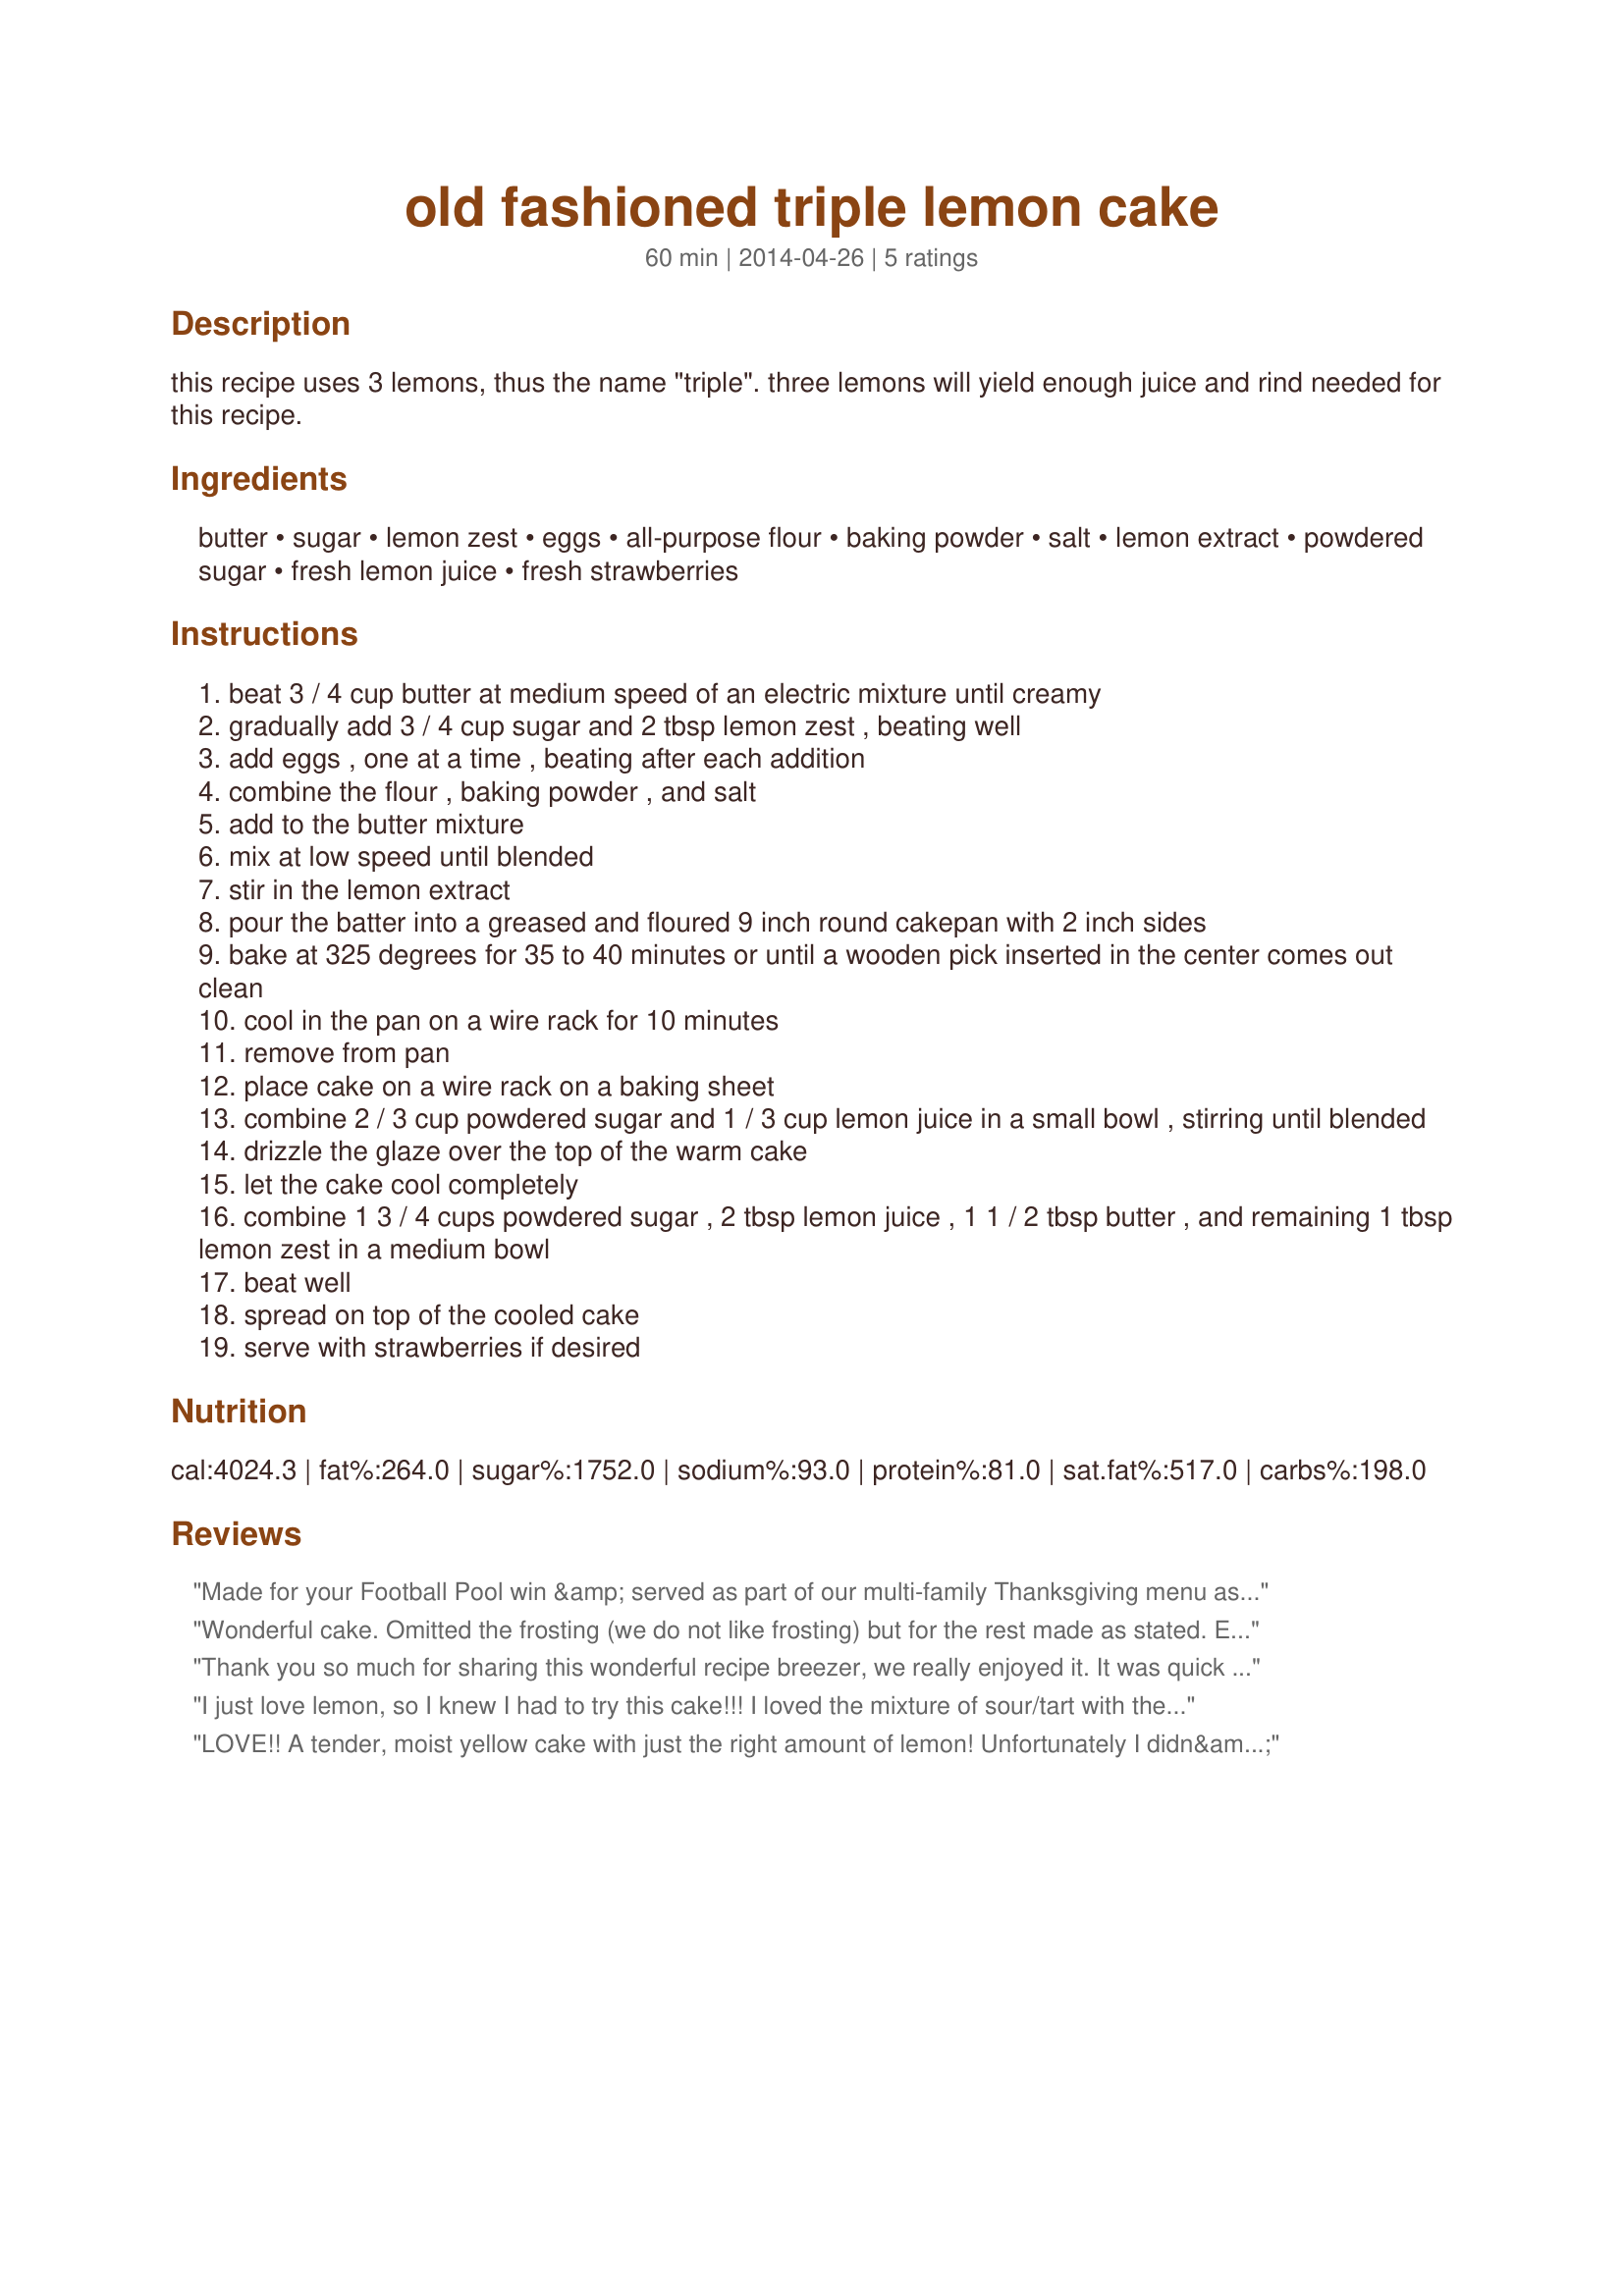
old fashioned triple lemon cake
Preparation time: 60 minutes

this recipe uses 3 lemons, thus the name "triple". three lemons will yield enough juice and rind needed for this recipe.

Ingredients:
butter, sugar, lemon zest, eggs, all-purpose flour, baking powder, salt, lemon extract, powdered sugar, fresh lemon juice, fresh strawberries

Steps:
beat 3 / 4 cup butter at medium speed of an electric mixture until creamy
gradually add 3 / 4 cup sugar and 2 tbsp lemon zest , beating well
add eggs , one at a time , beating after each addition
combine the flour , baking powder , and salt
add to the butter mixture
mix at low speed until blended
stir in the lemon extract
pour the batter into a greased and floured 9 inch round cakepan with 2 inch sides
bake at 325 degrees for 35 to 40 minutes or until a wooden pick inserted in the center comes out clean
cool in the pan on a wire rack for 10 minutes
remove from pan
place cake on a wire rack on a baking sheet
combine 2 / 3 cup powdered sugar and 1 / 3 cup lemon juice in a small bowl , stirring until blended
drizzle the glaze over the top of the warm cake
let the cake cool completely
combine 1 3 / 4 cups powdered sugar , 2 tbsp lemon juice , 1 1 / 2 tbsp butter , and remaining 1 tbsp lemon zest in a medium bowl
beat well
spread on top of the cooled cake
serve with strawberries if desired

Reviews:
Made for your Football Pool win &amp; served as part of our multi-family Thanksgiving menu as it met the need for a lactose-free dessert. I made 2 chgs - 1 of necessity &amp; another as a pers preference. Pan sizes in Iceland are not consistent w/the US, so I used a 9-in sq baking pan &amp; cut the cake in 16 sq pieces to serve. Frosting is often viewed as overkill, esp if 2 desserts are eaten after a heavy meal. So I creatively turned the glaze &amp; frosting into a combo of the 2. This is an easy-fix &amp; was well-rec&#039;d. The crumb is tender, moist &amp; full of the lemon flavor. This was a real DH-pleaser dessert &amp; will definitely encore by request for spec occasions. Thx for sharing your recipe w/us.
Wonderful cake. Omitted the frosting (we do not like frosting) but for the rest made as stated. Extremely pleased I found this recipe. Thanks for posting.
Thank you so much for sharing this wonderful recipe breezer, we really enjoyed it. It was quick and easy to make with terrific results. The cake was tender and full of lemon flavor. The glaze really enhances the flavor of the cake while the frosting is to die for. Made as written and wouldn&#039;t change a thing.
I just love lemon, so I knew I had to try this cake!!! I loved the mixture of sour/tart with the sweet, but others felt it was too tart, what is wrong with them, lol!!! I loved that this is a smaller cake, so not a huge amount of leftover cake, perfect now, for us empty nesters, lol!!! Made for &quot;The Best of 2014&quot; tag game!!
LOVE!! A tender, moist yellow cake with just the right amount of lemon! Unfortunately I didn&#039;t have a 9-inch round cake pan deep enough to hold all the batter, so I baked in a 8&quot;x8&quot;x2&quot; Pyrex dish for 30 minutes at 325F. My lemons were large, so I also garnished with zest. Tagged for Spring Photo Tag, due 05/25 (with extension).
